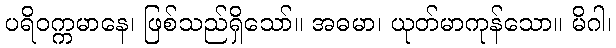
ပရိဝက္ကမာနေ၊ ဖြစ်သည်ရှိသော်။ အဓမာ၊ ယုတ်မာကုန်သော။ မိဂါ၊